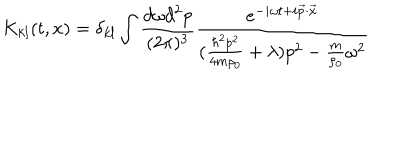
K _ { k l } ( t , x ) = \delta _ { k l } \int \frac { d \omega d ^ { 2 } p } { ( 2 \pi ) ^ { 3 } } \frac { e ^ { - i \omega t + i { \vec { p } } \cdot { \vec { x } } } } { ( \frac { \hbar ^ { 2 } p ^ { 2 } } { 4 m \rho _ { 0 } } + \lambda ) p ^ { 2 } - \frac { m } { \rho _ { 0 } } \omega ^ { 2 } }